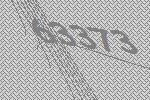
63373